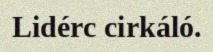
Lidérc cirkáló.